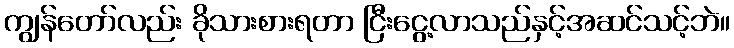
ကျွန်တော်လည်း ခိုသားစားရတာ ငြီးငွေ့လာသည်နှင့်အဆင်သင့်ဘဲ။